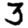
Digit: 3